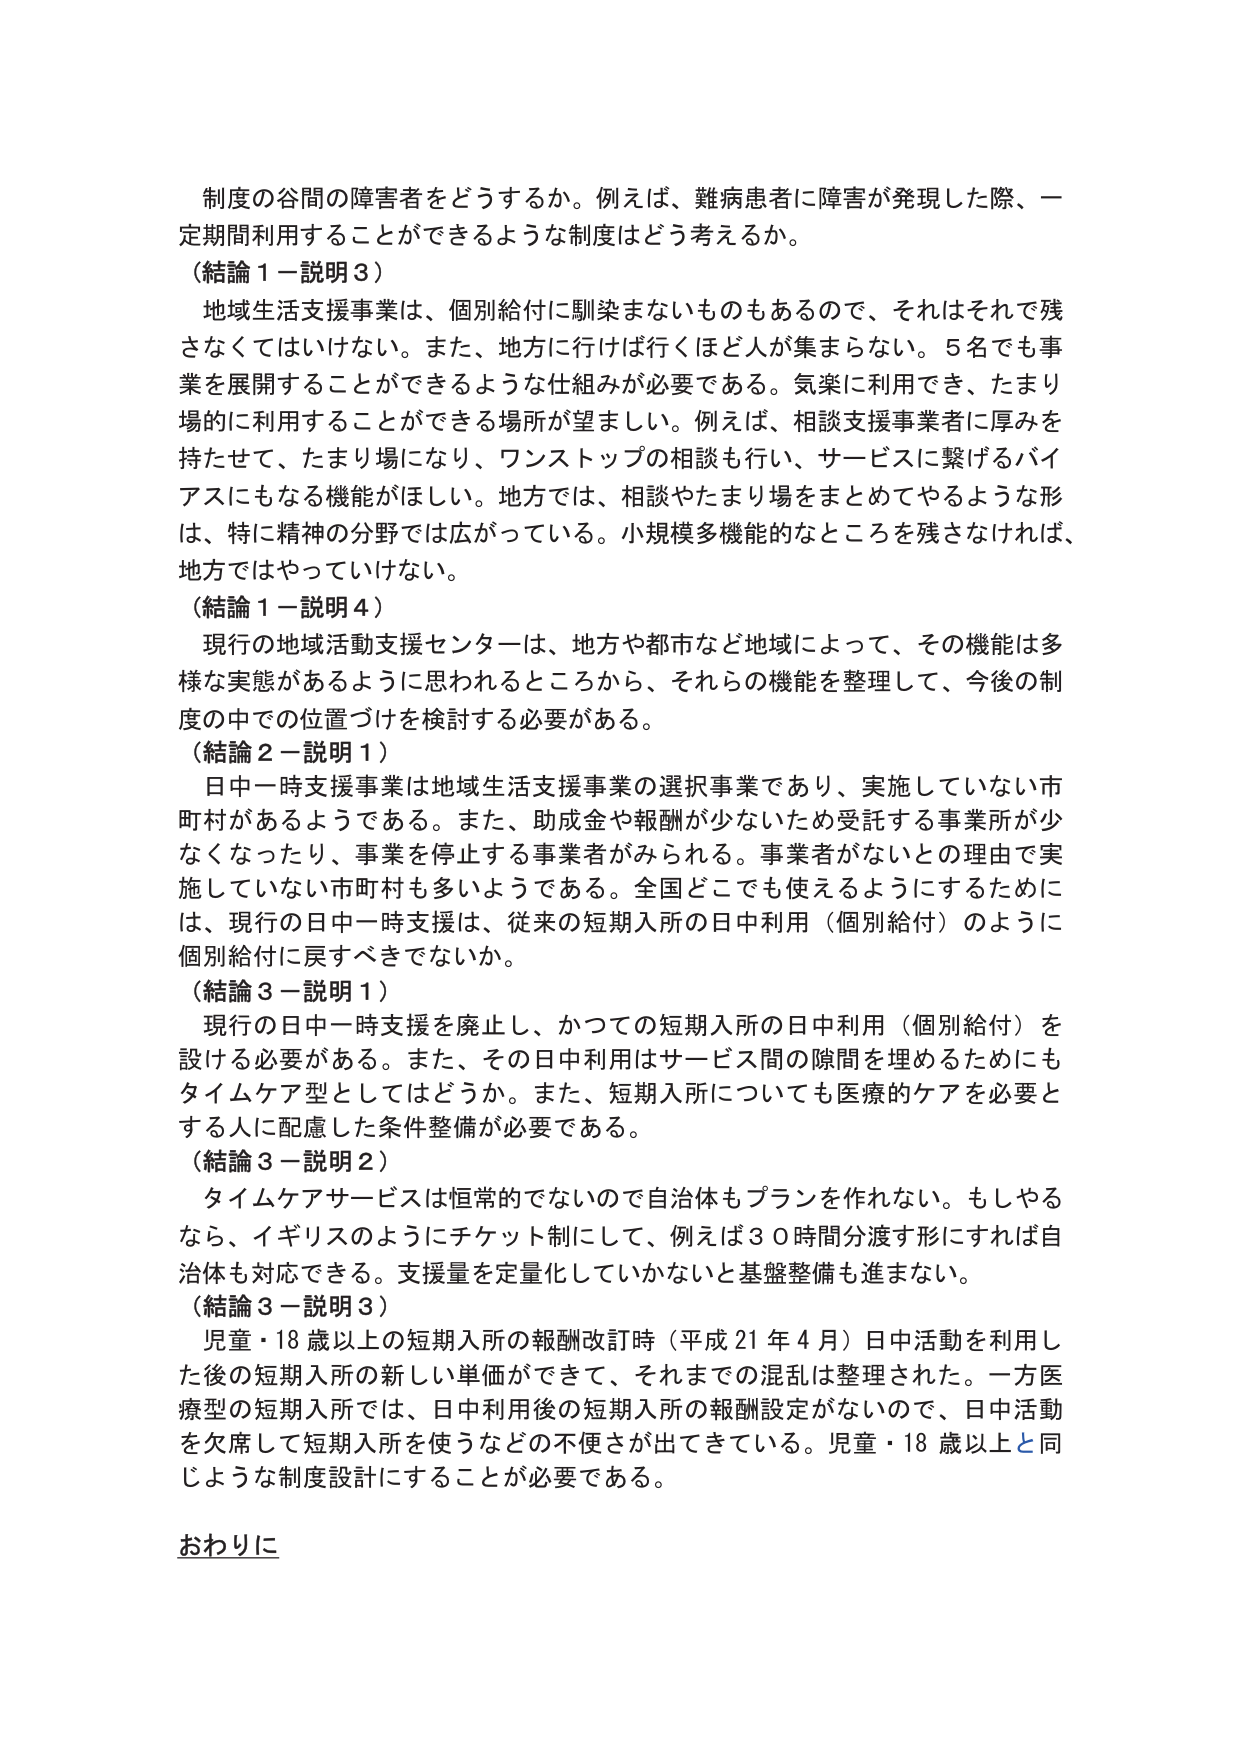
制度の谷間の障害者をどうするか。例えば、難病患者に障害が発現した際、一定期間利用することができるような制度はどう考えるか。

（結論１－説明３）
地域生活支援事業は、個別給付に馴染まないものもあるので、それはそれで残さなくてはいけない。また、地方に行けば行くほど人が集まらない。５名でも事業を展開することができるような仕組みが必要である。気楽に利用でき、たまり場的に利用することができる場所が望ましい。例えば、相談支援事業者に厚みを持たせて、たまり場になり、ワンストップの相談も行い、サービスに繋げるバイアスにもなる機能がほしい。地方では、相談やたまり場をまとめてやるような形は、特に精神の分野では広がっている。小規模多機能的なところを残さなければ、地方ではやっていけない。

（結論１－説明４）
現行の地域活動支援センターは、地方や都市など地域によって、その機能は多様な実態があるように思われるところから、それらの機能を整理して、今後の制度の中での位置づけを検討する必要がある。

（結論２－説明１）
日中一時支援事業は地域生活支援事業の選択事業であり、実施していない市町村があるようである。また、助成金や報酬が少ないため受託する事業所が少なくなったり、事業を停止する事業者がみられる。事業者がないとの理由で実施していない市町村も多いようである。全国どこでも使えるようにするために、現行の日中一時支援は、従来の短期入所の日中利用（個別給付）のように個別給付に戻すべきではないか。

（結論３－説明１）
現行の日中一時支援を廃止し、かつての短期入所の日中利用（個別給付）を設ける必要がある。また、その日中利用はサービス間の隙間を埋めるためにもタイムケア型としてはどうか。また、短期入所についても医療的ケアを必要とする人に配慮した条件整備が必要である。

（結論３－説明２）
タイムケアサービスは恒常的でないので自治体もプランを作れない。もしやるなら、イギリスのようにチケット制にして、例えば３０時間分渡す形にすれば自治体も対応できる。支援量を定量化していかないと基盤整備も進まない。

（結論３－説明３）
児童・18歳以上の短期入所の報酬改訂時（平成21年4月）日中活動を利用した後の短期入所の新しい単価ができて、それまでの混乱は整理された。一方医療型の短期入所では、日中利用後の短期入所の報酬設定がないので、日中活動を欠席して短期入所を使うなどの不便さが出てきている。児童・18歳以上と同じような制度設計にすることが必要である。

おわりに